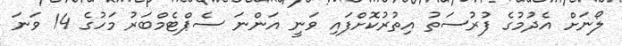
ލޯނަށް އެދުމުގެ ފުރުސަތު އިތުރުކޮށްފައި ވަނީ އަންނަ ސެޕްޓެމްބަރު މަހުގެ 14 ވަނަ